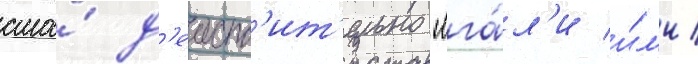
сша́ д'еиств'ит'ельно "лга́л'и и́л'и